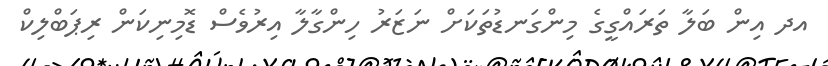
އދ އިން ބަލާ ތަރައްގީގެ މިންގަނޑުތަކަށް ނަޒަރު ހިންގާލާ އިރުވެސް ޑޮމިނިކަން ރިޕަބްލިކް